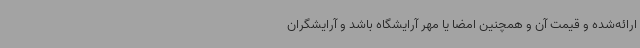
ارائه‌شده و قیمت آن و همچنین امضا یا مهر آرایشگاه باشد و آرایشگران